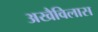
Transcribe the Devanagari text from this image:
अखैविलास